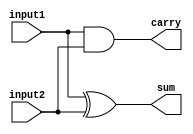
/*
	Estrutura de um mdulo que realiza a soma ou subtrao de dois numeros de um bit
*/
module half_adder (input1, input2, sum, carry);

input input1, input2;
output sum, carry;

xor xor1 (sum,input1,input2);
and and1 (carry,input1,input2);

endmodule